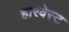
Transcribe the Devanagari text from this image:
हारवेस्ट